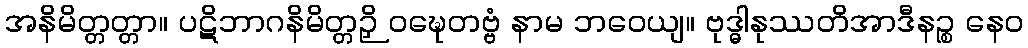
အနိမိတ္တတ္တာ။ ပဋိဘာဂနိမိတ္တဉှိ ဝဍ္ဎေတဗ္ဗံ နာမ ဘဝေယျ။ ဗုဒ္ဓါနုဿတိအာဒီနဉ္စ နေဝ